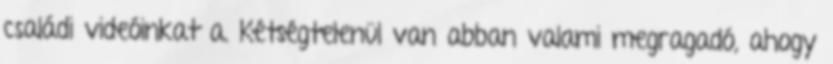
családi videóinkat a. Kétségtelenül van abban valami megragadó, ahogy